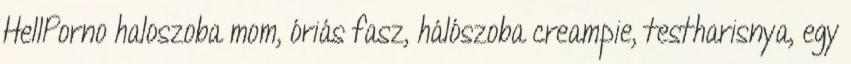
HellPorno haloszoba mom, óriás fasz, hálószoba creampie, testharisnya, egy